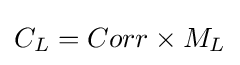
C_{L}=Corr\times M_{L}